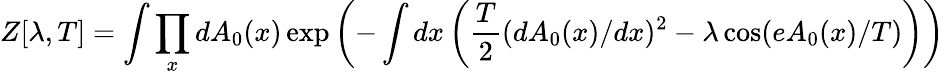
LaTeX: Z[\lambda,T]=\int\prod_{x}dA_{0}(x)\exp\left(-\int dx\left(\frac{T}{2}(dA_{0}(x)/dx)^{2}-\lambda\cos(eA_{0}(x)/T)\right)\right)